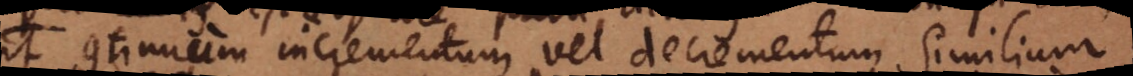
continuum incrementum vel decrementum Similium